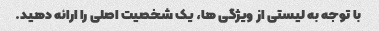
با توجه به لیستی از ویژگی ها، یک شخصیت اصلی را ارائه دهید.